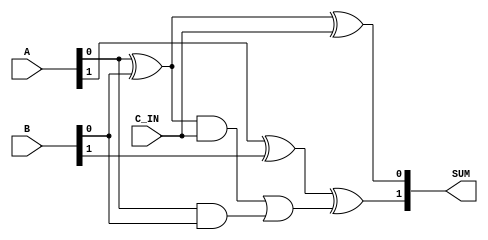
`timescale 1ns / 1ps
//////////////////////////////////////////////////////////////////////////////////
// Company: 
// Engineer: 
// 
// Design Name: 
// Module Name:    rca 
// Project Name: 
// Target Devices: 
// Tool versions: 
// Description: 
//
// Dependencies: 
//
// Revision: 
// Revision 0.01 - File Created
// Additional Comments: 
//
//////////////////////////////////////////////////////////////////////////////////
module rca #(
	parameter N=2
)(
	input [N-1:0] A,
	input [N-1:0] B,
	input C_IN,
	output [N-1:0] SUM
);
	wire [N-1:0] carry;
	wire [N-1:0] imm;
	
	genvar j;
	generate
		for (j=0; j<N; j=j+1) begin : rca_chain
			assign imm[j] = A[j] ^ B[j];
			if (j==0) begin
				assign SUM[0] = imm[0] ^ C_IN;
				assign carry[0] = (imm[0] & C_IN) | (A[0] & B[0]); 
			end	
			else begin
				assign SUM[j] = A[j] ^ B[j] ^ carry[j-1];
				assign carry[j] = (A[j] & B[j]) | (imm[j] & carry[j-1]);
			end
		end
	endgenerate
	
endmodule